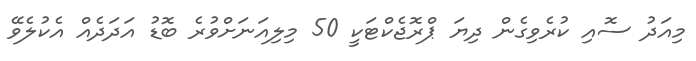
މިއަދު ސޮއި ކުރެވިގެން ދިޔަ ޕްރޮޖެކްޓަކީ 50 މިލިއަނަށްވުރެ ބޮޑު އަދަދެއް އެކުލެވޭ